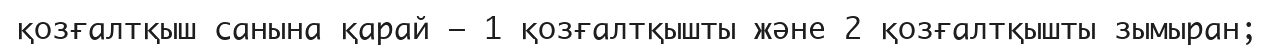
қозғалтқыш санына қарай — 1 қозғалтқышты және 2 қозғалтқышты зымыран;